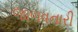
જાળવનારી